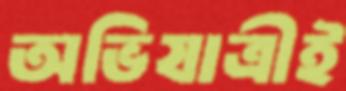
অভিযাত্রীই